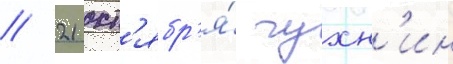
// 21 окт'ябр'я́ чухн'ин